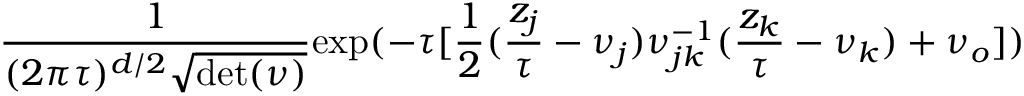
{ \frac { 1 } { ( 2 \pi \tau ) ^ { d / 2 } \sqrt { \mathrm { d e t } ( \nu ) } } } \mathrm { e x p } ( - \tau [ { \frac { 1 } { 2 } } ( { \frac { z _ { j } } { \tau } } - \nu _ { j } ) \nu _ { j k } ^ { - 1 } ( { \frac { z _ { k } } { \tau } } - \nu _ { k } ) + \nu _ { o } ] )